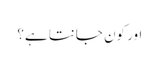
اور کون جانتا ہے؟